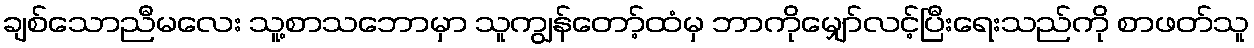
ချစ်သောညီမလေး သူ့စာသဘောမှာ သူကျွန်တော့်ထံမှ ဘာကိုမျှော်လင့်ပြီးရေးသည်ကို စာဖတ်သူ